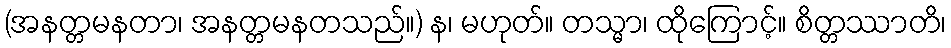
(အနတ္တမနတာ၊ အနတ္တမနတသည်။) န၊ မဟုတ်။ တသ္မာ၊ ထိုကြောင့်။ စိတ္တဿာတိ၊